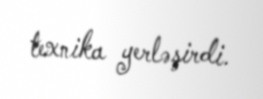
texnika yerləşirdi.